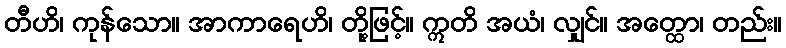
တီဟိ၊ ကုန်သော။ အာကာရေဟိ၊ တို့ဖြင့်။ ဣတိ အယံ၊ လျှင်။ အတ္ထော၊ တည်း။